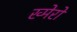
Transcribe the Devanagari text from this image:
ख्मेरों